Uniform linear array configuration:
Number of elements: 24
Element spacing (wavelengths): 0.25
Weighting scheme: cosine
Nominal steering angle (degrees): -45
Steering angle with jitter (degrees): -46.329
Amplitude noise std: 0.05
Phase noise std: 0.05

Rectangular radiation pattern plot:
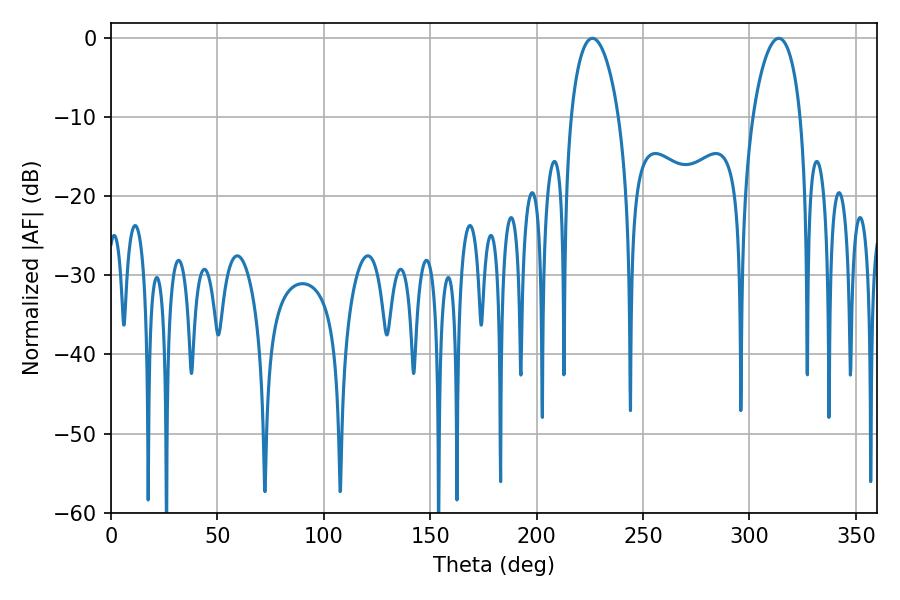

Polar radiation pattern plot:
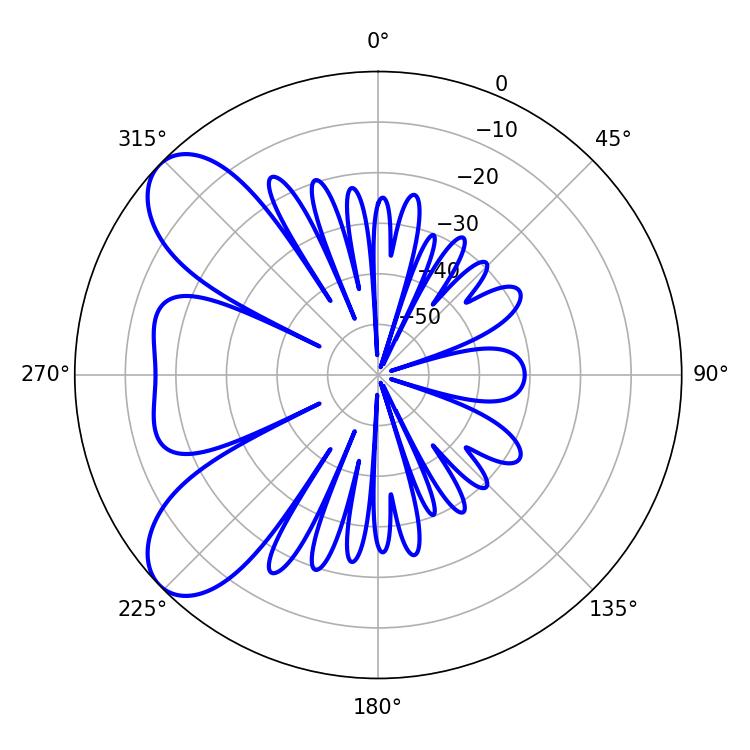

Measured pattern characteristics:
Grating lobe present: FALSE
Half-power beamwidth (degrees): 12.78
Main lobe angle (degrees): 226.26